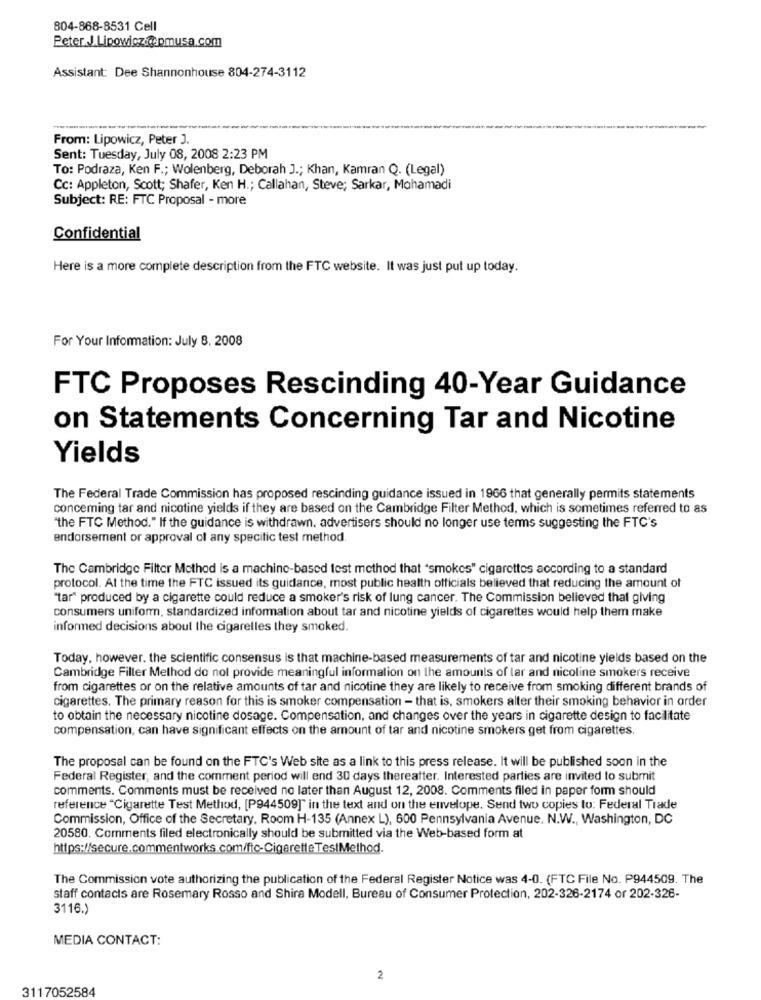
804-868-8531 Cell
Peter J.Lipowicz:@ pmusa.com
Assistant: Dee Shannonhouse 804-274-3112
From: Lipowicz, Peter J.
Sent: Tuesday, July 08, 2008 2:23 PM
To: Podraza, Ken F .; Wolenberg, Deborah J .; Khan, Kamran Q. (Legal)
Cc: Appleton, Scott; Shafer, Ken H .; Callahan, Steve; Sarkar, Mohamadi
Subject: RE: FTC Proposal - more
Confidential
Here is a more complete description from the FTC website. It was just put up today.
For Your Information: July 8. 2008
FTC Proposes Rescinding 40-Year Guidance
on Statements Concerning Tar and Nicotine
Yields
The Federal Trade Commission has proposed rescinding guidance issued in 1966 that generally permits statements
concerning tar and nicotine yields if they are based on the Cambridge Filter Method, which is sometimes referred to as
"the FTC Method." If the guidance is withdrawn. advertisers should no longer use terms suggesting the FTC's
endorsement or approval of any specific test method
The Cambridge Filter Method is a machine-based test method that "smokes" cigarettes according to a standard
protocol. At the time the FTC issued its guidance, most public health officials believed that reducing the amount of
"tar" produced by a cigarette could reduce a smoker's risk of lung cancer. The Commission believed that giving
consumers uniform, standardized information about tar and nicotine yields of cigarettes would help them make
informed decisions about the cigarelles they smoked.
Today, however. the scientific consensus is that machine-based measurements of tar and nicotine yields based on the
Cambridge Filter Method do not provide meaningful information on the amounts of lar and nicoline smokers receive
from cigarettes or on the relative amounts of tar and nicotine they are likely to receive from smoking different brands of
cigarettes. The primary reason for this is smoker compensation - that is, smokers alter their smoking behavior in order
to obtain the necessary nicotine dosage. Compensation, and changes over the years in cigarette design to facilitate
compensation, can have significant effects on the amount of tar and nicotine smokers get from cigarettes.
The proposal can be found on the FTC's Web site as a link to this press release. It will be published soon in the
Federal Register, and the comment period will end 30 days thereafter. Interested parties are invited to submit
comments. Comments must be received no later than August 12, 2008. Comments filed in paper form should
reference "Cigarette Test Method, [P944509]" in the text and on the envelope. Send two copies to: Federal Trade
Commission, Office of the Secretary, Room H-135 (Annex L), 600 Pennsylvania Avenue. N.W ., Washington, DC
20580. Comments filed electronically should be submitted via the Web-based form at
https://secure.commentworks.com/ftc-CigaretteTestMethod.
The Commission vote authorizing the publication of the Federal Register Notice was 4-0. (FTC File No. P944509. The
staff contacts are Rosemary Rosso and Shira Modell, Bureau of Consumer Protection, 202-326-2174 or 202-326-
3116.)
MEDIA CONTACT:
2
3117052584